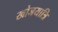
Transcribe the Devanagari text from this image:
खोजयात्रि